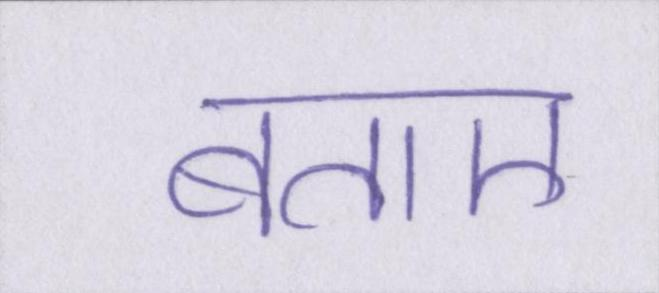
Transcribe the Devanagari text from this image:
बताए